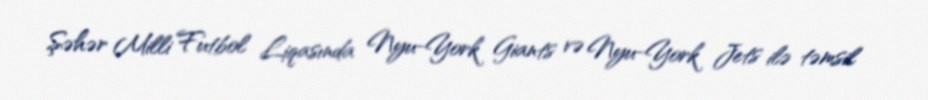
Şəhər Milli Futbol Liqasında Nyu-York Giants və Nyu-York Jets ilə təmsil